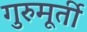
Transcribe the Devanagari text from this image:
गुरुमूर्ती